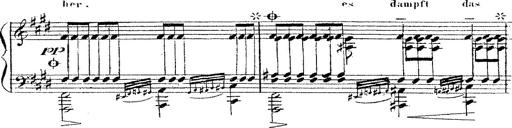
Title: 12 Lieder von Franz Schubert
Composer: Franz Liszt